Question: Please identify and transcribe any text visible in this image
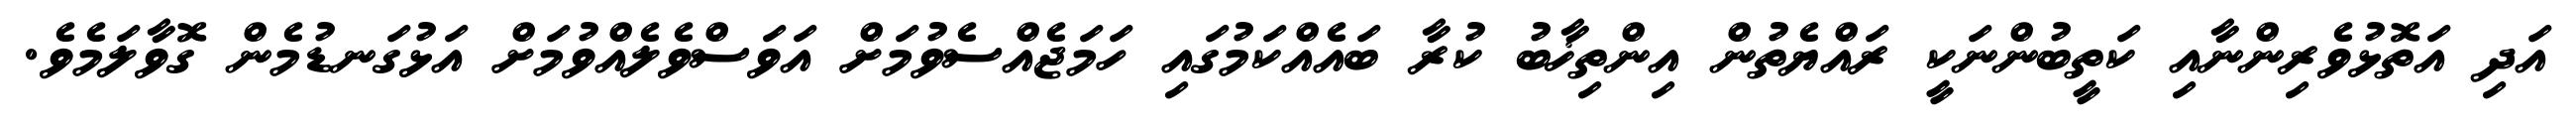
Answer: އަދި އަތޮޅުވެރިންނާއި ކަތީބުންނަކީ ރައްޔެތުން އިންތިޚާބު ކުރާ ބައެއްކަމުގައި ހަމަޖެއްސެވުމަށް އަވަސްވެލެއްވުމަށް އަޅުގަނޑުމެން ގޮވާލަމެވެ.